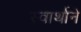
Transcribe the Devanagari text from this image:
स्वार्थाने